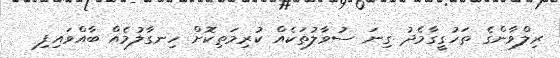
ރިލްވާންގެ ތަހުގީގާމެދު ގިނަ ސުވާލުތަކެއް ކުރިމަތިކޮށް ހިނގާލުމެއް ބާއްވައިފި